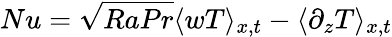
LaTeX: Nu=\sqrt{RaPr}\langle wT\rangle_{x,t}-\langle\partial_{z}T\rangle_{x,t}